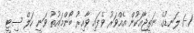
1-1 ލަނޑުގެ ނަތީޖާއަކުން އެއްވަރު ވެފައި ވާއިރު ބޯންމައުތު ވަނީ ހަލް ސިޓީ